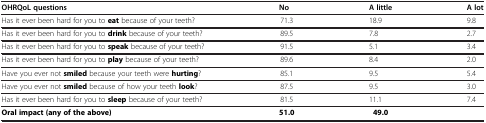
| OHRQoL questions | No | A little | A lot |
 | --- | --- | --- | --- |
 | Has it ever been hard for you to eat because of your teeth? | 71.3 | 18.9 | 9.8 |
 | Has it ever been hard for you to drink because of your teeth? | 89.5 | 7.8 | 2.7 |
 | Has it ever been hard for you to speak because of your teeth? | 91.5 | 5.1 | 3.4 |
 | Has it ever been hard for you to play because of your teeth? | 89.6 | 8.4 | 2.0 |
 | Have you ever not smiled because your teeth were hurting? | 85.1 | 9.5 | 5.4 |
 | Have you ever not smiled because of how your teeth look? | 87.5 | 9.5 | 3.0 |
 | Has it ever been hard for you to sleep because of your teeth? | 81.5 | 11.1 | 7.4 |
 | Oral impact (any of the above) | 51.0 | <COLSPAN=2> 49.0 |